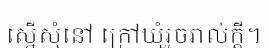
ស្នើសុំនៅ ក្រៅឃុំរួចរាល់ក្តី។